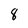
Character: 8